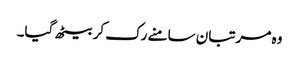
وہ مرتبان سامنے رک کر بیٹھ گیا۔